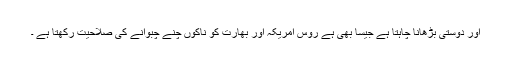
اور دوستی بڑھانا چاہتا ہے جیسا بھی ہے روس امریکہ اور بھارت کو ناکوں چنے چبوانے کی صلاحیت رکھتا ہے ۔